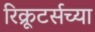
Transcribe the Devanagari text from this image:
रिक्रूटर्सच्या